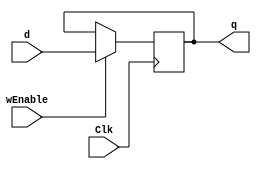
module BIT_REG(Clk, wEnable, d, q);

input Clk;
input wEnable;
input  d;

output reg q;

   always @(negedge Clk)
     begin
	if (wEnable)
	  q <= d;
     end
endmodule